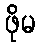
ဖိုမ